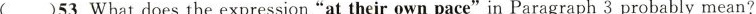
()53.Whatdoes the expression"at their own pace" in Paragraph 3 probably mean?